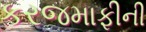
કરજમાફીની